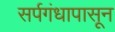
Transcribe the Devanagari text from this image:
सर्पगंधापासून